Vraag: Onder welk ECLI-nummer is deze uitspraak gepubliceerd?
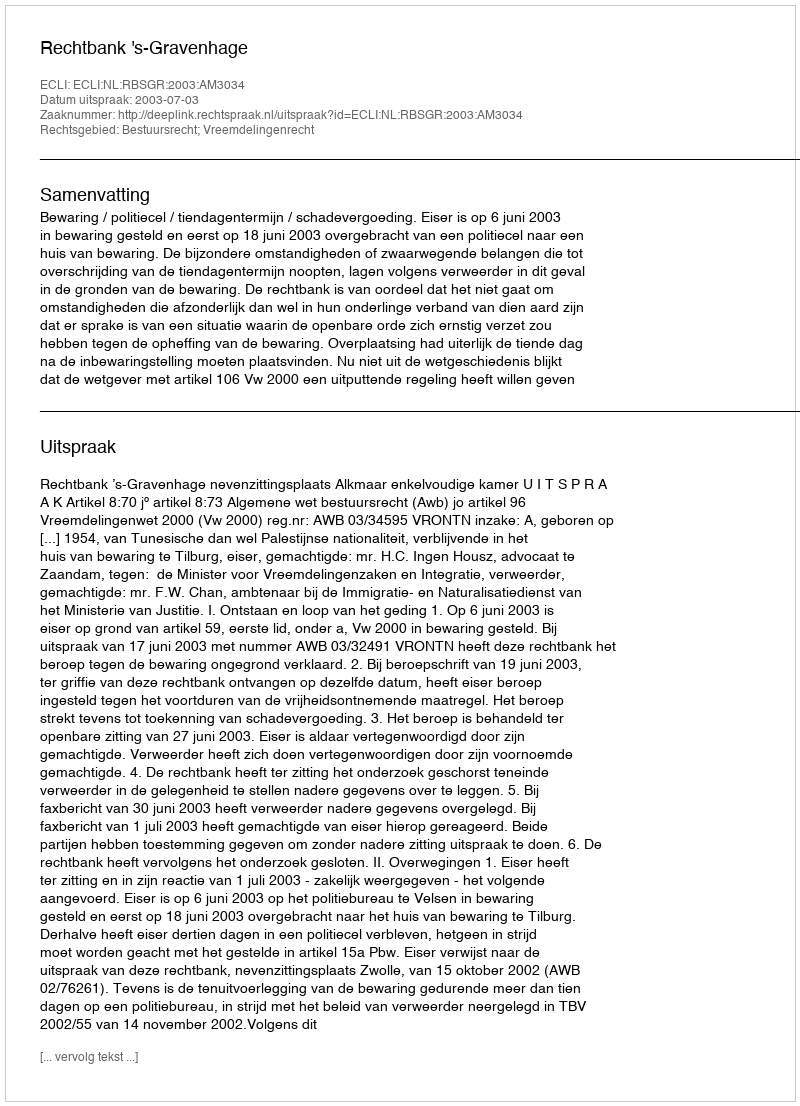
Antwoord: ECLI:NL:RBSGR:2003:AM3034